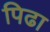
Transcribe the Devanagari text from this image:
पिढा